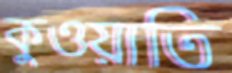
কুওয়াতি